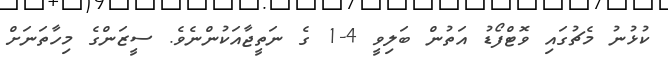
ކުޅުނު މެޗުގައި ވޮޓްފޯޑު އަތުން ބަލިވީ 4-1 ގެ ނަތީޖާއަކުންނެވެ. ސީޒަންގެ މިހާތަނަށް